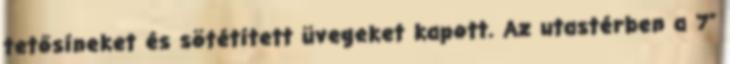
tetősíneket és sötétített üvegeket kapott. Az utastérben a 7”